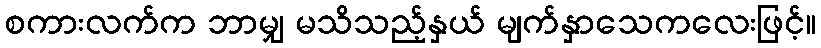
စကားလက်က ဘာမျှ မသိသည့်နှယ် မျက်နှာသေကလေးဖြင့်။